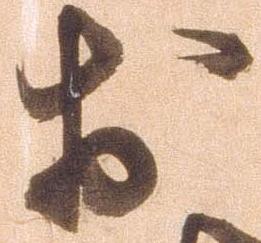
於